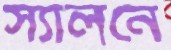
স্যালনে